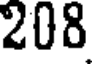
208